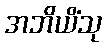
အဘိယိံသု